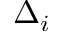
\Delta _ { i }